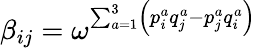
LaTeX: \beta_{ij}=\omega^{\sum_{a=1}^{3}\left(p_{i}^{a}q_{j}^{a}-p_{j}^{a}q_{i}^{a}\right)}